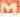
M